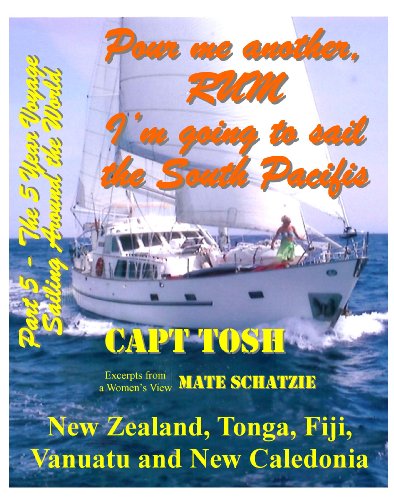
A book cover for Part 5 - Pour me another rum - I'm going to sail the South Pacific and visit New Zealand, Tonga, Fiji, Vanuatu and New Caledonia. ("Pour me another rum ... around the World!" "The 5 year Voyage"); Capt Tosh; Travel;